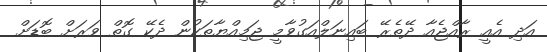
އަދި އެއީ ރާއްޖެއާ ދޭތެރޭ ބައިނަލްއަގުވާމީ ޖަމިއްޔާތަކުން ދެކޭ ގޮތް ވަރަށް ބޮޑަށް